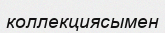
коллекциясымен